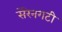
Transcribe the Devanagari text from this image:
सेरेनगटी